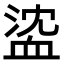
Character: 𧖶